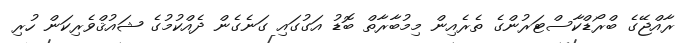
ރާއްޖޭގެ ބްރޯޑްކާސްޓަރުންގެ ތެރެއިން މިމުބާރާތް ބޮޑު އަގުގައި ގަނެގެން ދެއްކުމުގެ ޝައުޤްވެރިކަން ހުރި